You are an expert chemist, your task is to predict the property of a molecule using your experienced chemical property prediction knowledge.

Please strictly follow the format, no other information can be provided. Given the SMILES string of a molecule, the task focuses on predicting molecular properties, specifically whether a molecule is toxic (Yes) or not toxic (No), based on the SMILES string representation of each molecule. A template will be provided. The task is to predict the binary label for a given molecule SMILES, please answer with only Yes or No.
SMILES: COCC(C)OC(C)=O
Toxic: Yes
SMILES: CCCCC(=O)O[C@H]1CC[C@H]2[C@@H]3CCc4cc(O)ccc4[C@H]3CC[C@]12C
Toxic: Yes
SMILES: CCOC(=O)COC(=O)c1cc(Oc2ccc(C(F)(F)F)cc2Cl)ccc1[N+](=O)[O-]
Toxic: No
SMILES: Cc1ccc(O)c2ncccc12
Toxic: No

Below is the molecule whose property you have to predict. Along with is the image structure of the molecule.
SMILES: CC(C)(C)NCC(O)c1cc(Cl)c(N)c(Cl)c1
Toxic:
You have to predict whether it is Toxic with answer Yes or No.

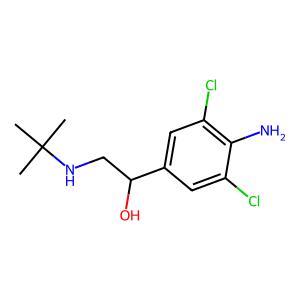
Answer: No